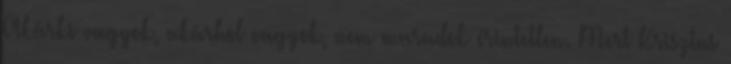
Akárki vagyok, akárhol vagyok, nem maradok érintetlen. Mert Krisztus